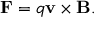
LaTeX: \mathbf { F } = q \mathbf { v } \times \mathbf { B } .